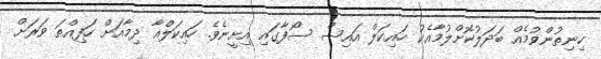
ހިނިތުންވުމެއް ބަދަލުކޮށްލުމާއެކު ހައިކަލް އައިސް ސޯފާގައި އިށީނެވެ. ހައިކަލްއާ ދިމާއަށް ހަފިއްތަ ވަރަށް